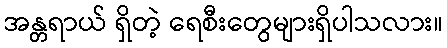
အန္တရာယ် ရှိတဲ့ ရေစီးတွေများရှိပါသလား။